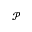
\mathcal { P }